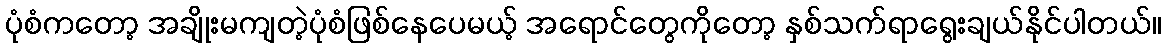
ပုံစံကတော့ အချိုးမကျတဲ့ပုံစံဖြစ်နေပေမယ့် အရောင်တွေကိုတော့ နှစ်သက်ရာရွေးချယ်နိုင်ပါတယ်။